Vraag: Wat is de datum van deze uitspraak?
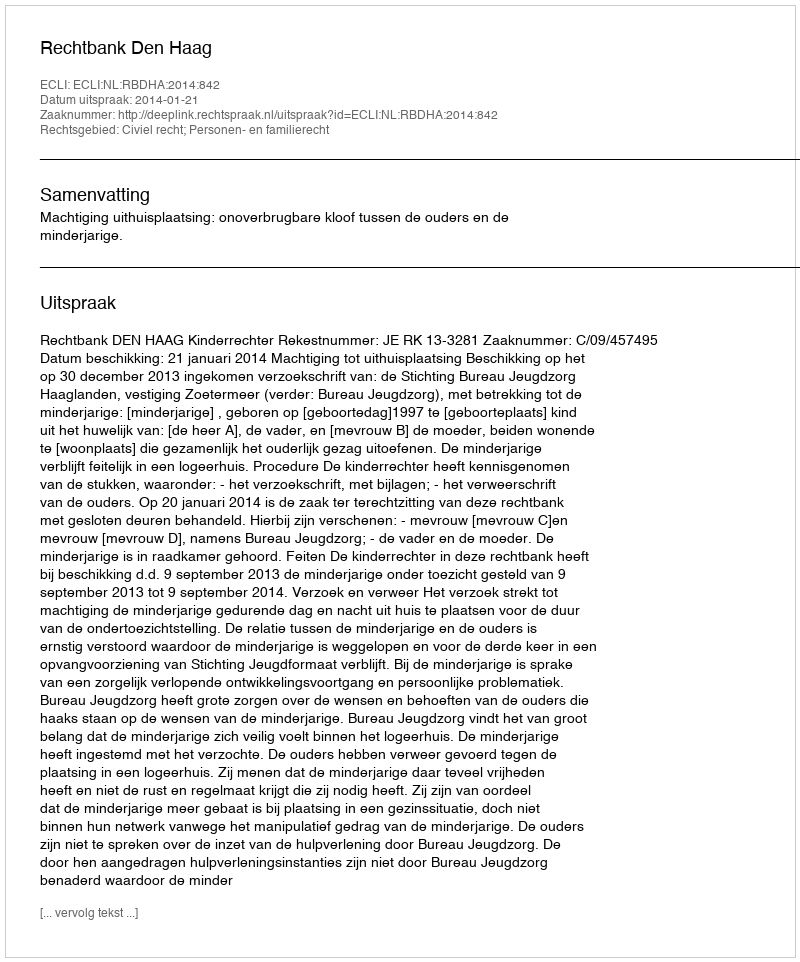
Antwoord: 2014-01-21